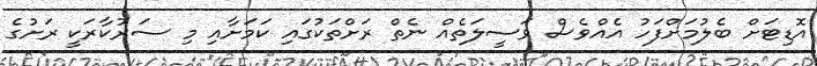
އޮޑިޓަށް ބެލުމަށްފަހު އެއްވެސް ވަސީލަތެއް ނެތް ރަށްތަކުގައި ކަމަށާއި މި ސަރުކާރަކީ ރަށުގެ